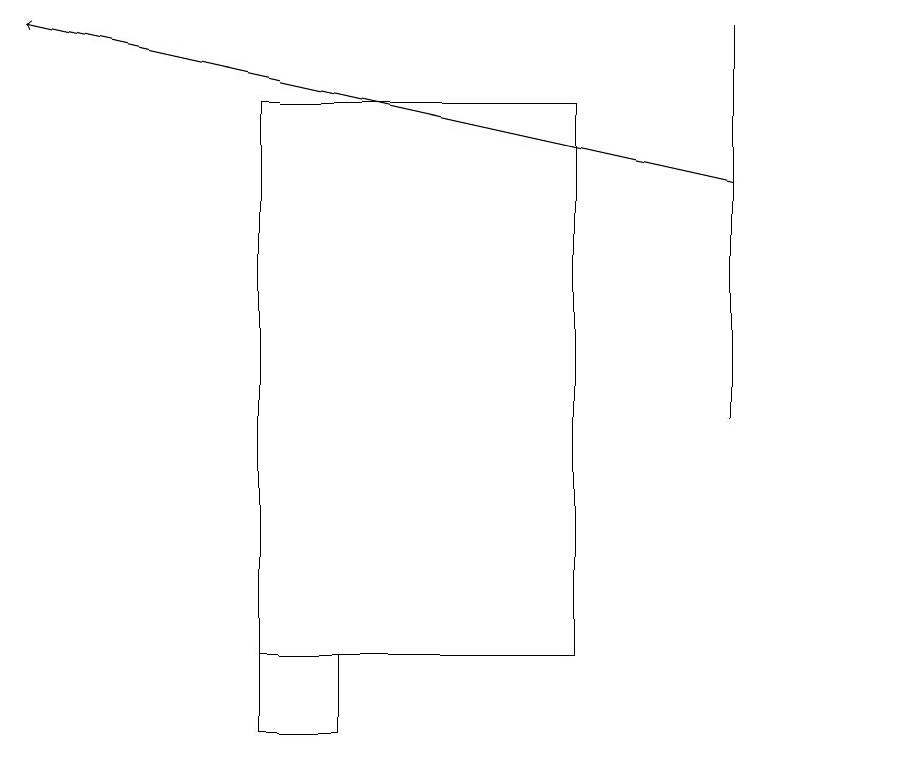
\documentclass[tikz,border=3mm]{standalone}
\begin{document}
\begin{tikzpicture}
\draw (7,11) rectangle (3,18);
\draw (11,11) circle (0);
\draw[->] (9,17) -- (0,19);
\draw (9,14) rectangle (9,19);
\draw (4,11) rectangle (3,10);
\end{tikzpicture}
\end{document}